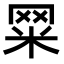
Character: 𦊮